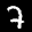
Label: 7